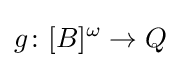
g\colon [B]^{\omega }\to Q